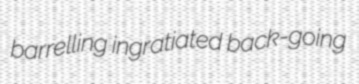
barrelling ingratiated back-going